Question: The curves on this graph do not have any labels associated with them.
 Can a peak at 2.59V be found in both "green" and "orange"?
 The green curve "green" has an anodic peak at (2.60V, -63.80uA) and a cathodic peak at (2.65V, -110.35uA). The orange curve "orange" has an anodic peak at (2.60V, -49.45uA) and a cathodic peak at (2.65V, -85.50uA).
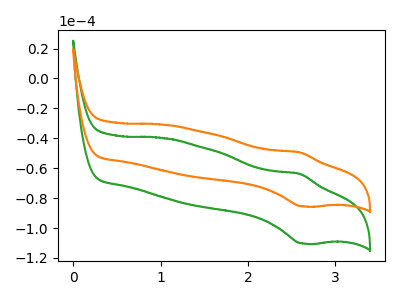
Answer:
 <answer>Yes, "green" and "orange" share a peak at 2.59V.</answer>
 <eval>match</eval>